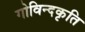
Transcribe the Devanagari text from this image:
गोविन्दकृति